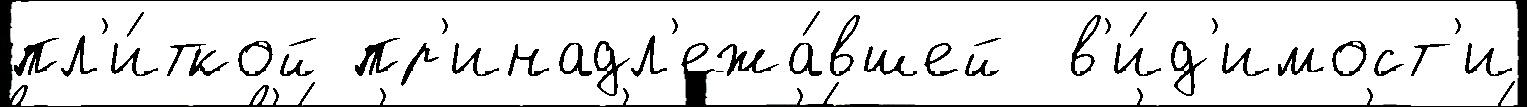
пл'и́ткой пр'инадл'ежа́вшей  в'и́д'имост'и